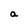
Character: a